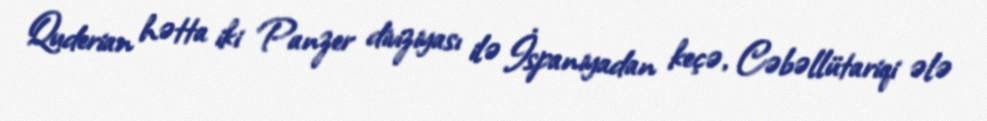
Quderian hətta iki Panzer diviziyası ilə İspaniyadan keçə, Cəbəllütariqi ələ